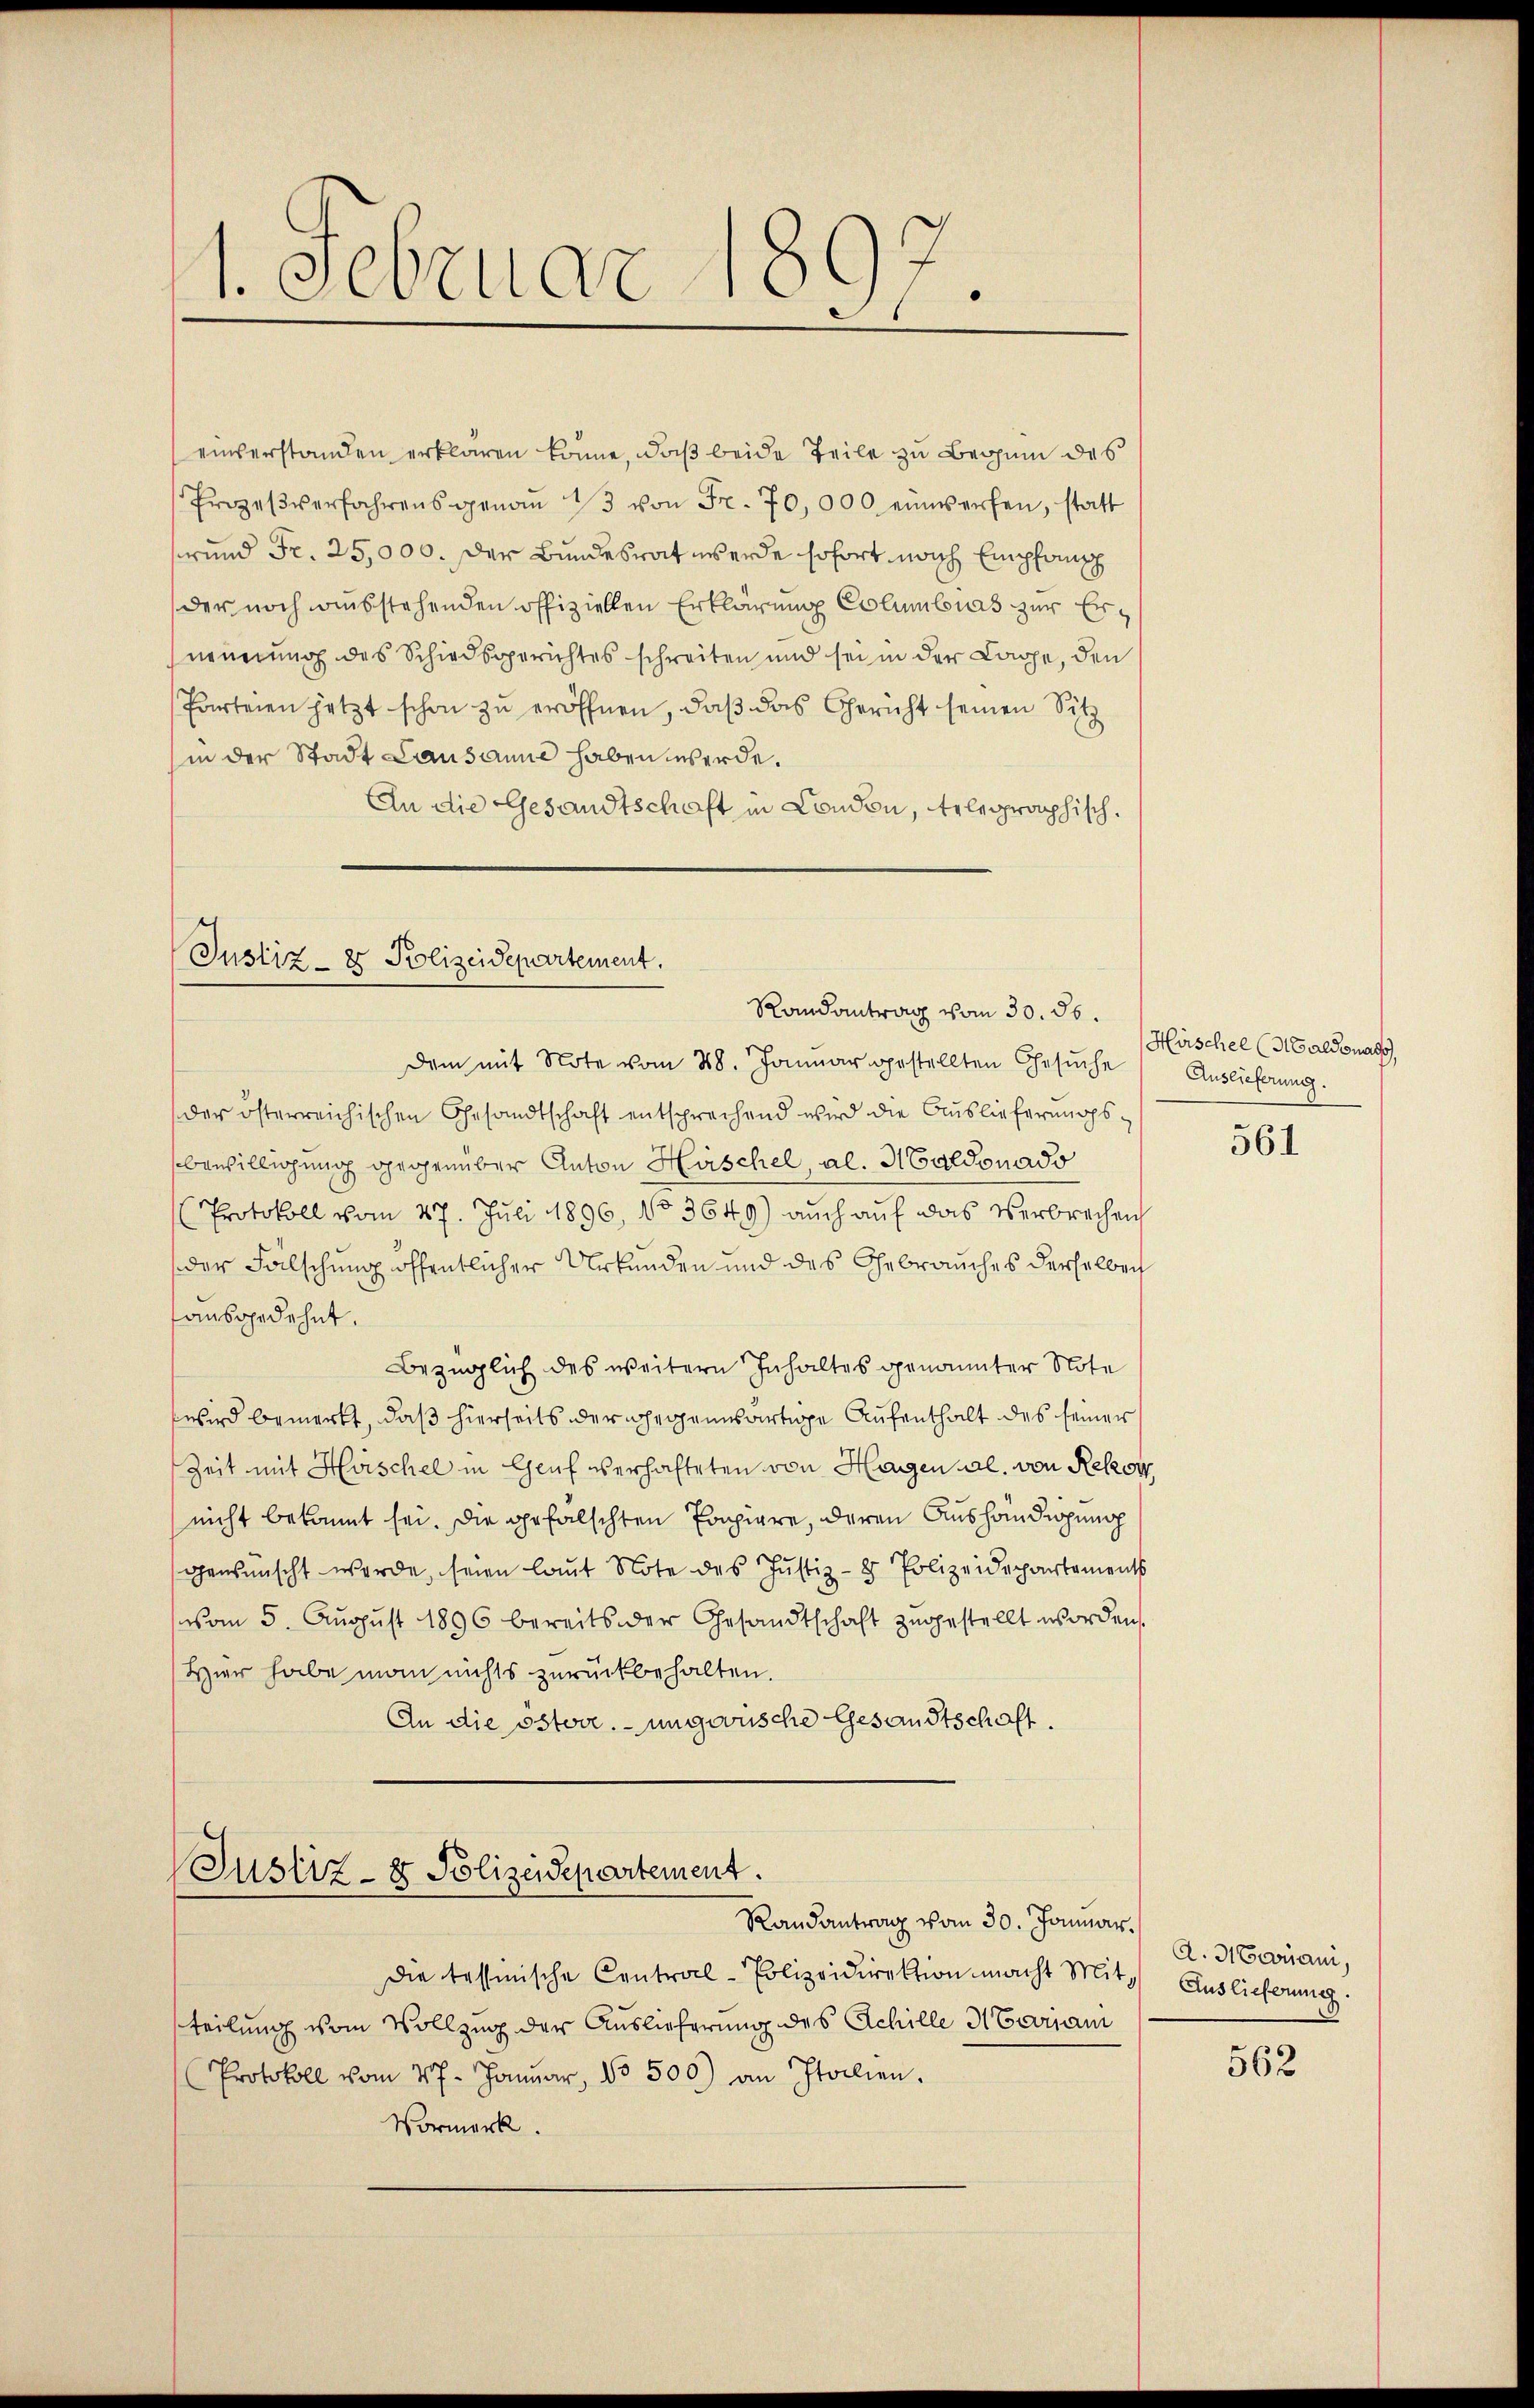
1. Februar 1897.

einverstanden erklären könne, daß beide Teile zu Beginn des
Prozeβverfahrens genaŭ 13 von Fr. 70,000 einwerfen, statt
swund Fr. 25,000. der Bundesrat werde sofort nach Empfang
der noch ausstehenden Offiziellen Erklärung Columbias zur Ernennung des Schiedsgerichtes schreiten und sei in der Lage, den
Parteien jetzt schon zu eröffnen, daß das Gericht seinen Sit
in der Stadt Lausanne haben werde.
An die Gesandtschaft in Condon, telegraphisch.

Justiz- & Polizeidepartement.
Randantrag vom 30. 56.

Justiz- & Polizeidepartement.
Randantrag vom 30. Januar.

die tessinische Central-Polizeidirektion macht Mit Auslieferung
teilung vom Vollzug der Auslieferung des Achille Meisam
Protokoll vom 27. Januar, No 500) an Italien.
Vormerk.

dem mit Note vom 28. Januar gestellten Gesuche
der österreichischen Gesandtschaft entsprechend wird die Auslieferungsbewilligung gegenüber Anton Hüschel, al. Huldonado
Protokoll vom 27. Juli 1896, No 3649) auch auf das Verbrechen
der Fälschung öffentlicher Urkunden und des Gebrauches derselben
ausgedehnt.
Bezüglich des weitern Inhaltes genannter Note
wird bemerkt, daß hierseits der gegenwärtige Aufenthalt des seiner
Zeit mit Heischel in Genf überhafteten von Hagen al. von Rekog
nicht bekannt sei. Die gefalschten Porpiere, deren Aushändigung
gewünscht werde, seien laut Note des Justiz- & Polizeidepartements
vom 5. August 1896 bereits der Gesandtschaft zugestellt worden.
Hier habe man nichts zurückbehalten.
An die österr. ungewische Gesandtschaft.

Häschel (Haldenar
Auslieferung.

561

A. Hrouam,

562